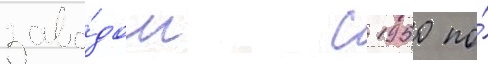
заво́дом с 1950 по́